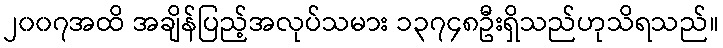
၂၀၀၇အထိ အချိန်ပြည့်အလုပ်သမား ၁၃၇၄၈ဦးရှိသည်ဟုသိရသည်။